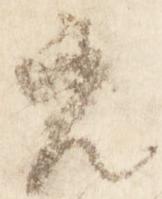
元